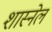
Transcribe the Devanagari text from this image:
शास्नेल